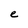
Character: e